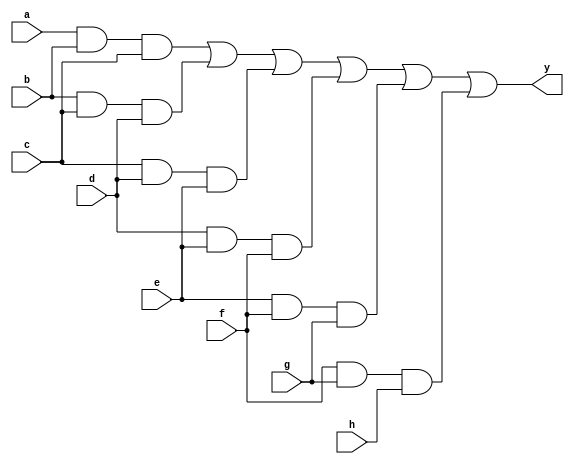
//Modulo que retorna se em um numero de oito bits ocorre a repetio '111'
module tresUm(a,b,c,d,e,f,g,h,y);
	input a,b,c,d,e,f,g,h;
	output y;
	assign y=(a&b&c)|(b&c&d)|(c&d&e)|(d&e&f)|(e&f&g)|(f&g&h);
endmodule